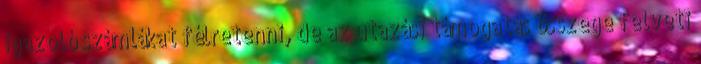
igazoló számlákat félretenni, de az utazási támogatás összege felveti